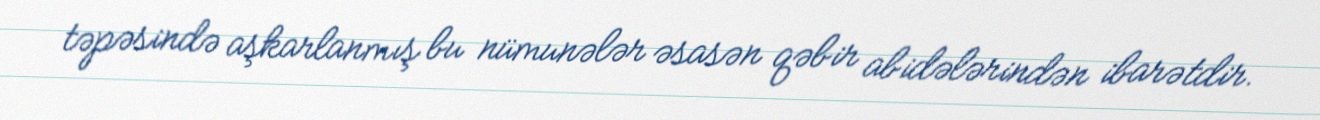
təpəsində aşkarlanmış bu nümunələr əsasən qəbir abidələrindən ibarətdir.